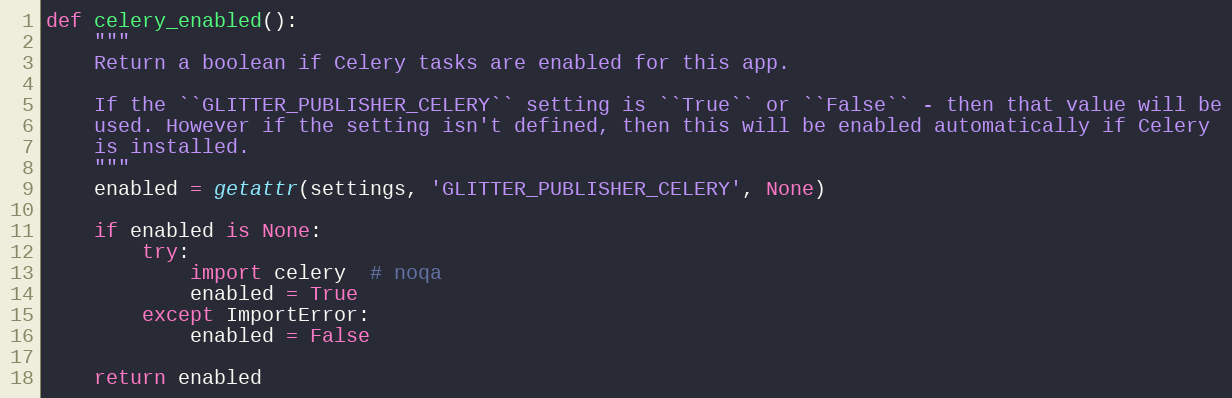
Language: Python
def celery_enabled():
    """
    Return a boolean if Celery tasks are enabled for this app.

    If the ``GLITTER_PUBLISHER_CELERY`` setting is ``True`` or ``False`` - then that value will be
    used. However if the setting isn't defined, then this will be enabled automatically if Celery
    is installed.
    """
    enabled = getattr(settings, 'GLITTER_PUBLISHER_CELERY', None)

    if enabled is None:
        try:
            import celery  # noqa
            enabled = True
        except ImportError:
            enabled = False

    return enabled